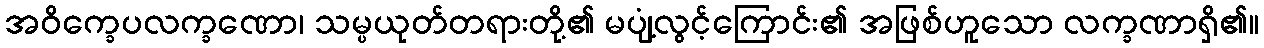
အဝိက္ခေပလက္ခဏော၊ သမ္ပယုတ်တရားတို့၏ မပျံ့လွင့်ကြောင်း၏ အဖြစ်ဟူသော လက္ခဏာရှိ၏။